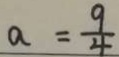
a = \frac { 9 } { 4 }